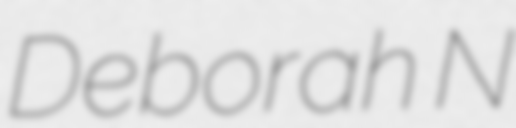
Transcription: Deborah N